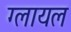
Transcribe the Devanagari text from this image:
ग्लायल